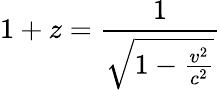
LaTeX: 1+z={\frac{1}{\sqrt{1-{\frac{v^{2}}{c^{2}}}}}}